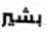
بشير